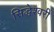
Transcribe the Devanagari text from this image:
सिद्धेश्‍वरी